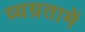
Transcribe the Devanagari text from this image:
व्यग्रतामें